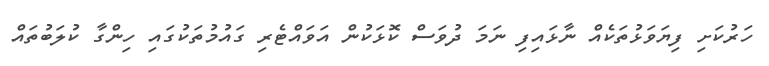
ހަރުކަށި ފިޔަވަޅުތަކެއް ނާޅައިފި ނަމަ ދުވަސް ކޮޅަކުން އަވައްޓެރި ގައުމުތަކުގައި ހިންގާ ކުލަބުތައް